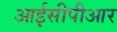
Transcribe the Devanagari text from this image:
आईसीपीआर